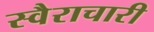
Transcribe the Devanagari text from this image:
स्वैराचारी